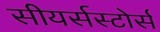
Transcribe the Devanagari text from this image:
सीयर्सस्‍टोर्स